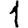
Digit: 1